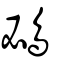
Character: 鴓